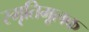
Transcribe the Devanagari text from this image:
स्मृतिमूलक